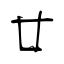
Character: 廿